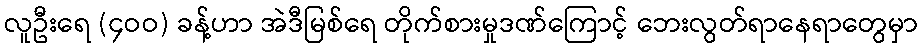
လူဦးရေ (၄ဝဝ) ခန့်ဟာ အဲဒီမြစ်ရေ တိုက်စားမှုဒဏ်ကြောင့် ဘေးလွတ်ရာနေရာတွေမှာ